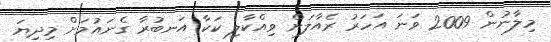
މިލާނުން 2009 ވަނަ އަހަރު ރެއާލަށް ވިއްކާލި ކަކާ އަނބުރާ ގެނައުމަށް މިދިޔަ